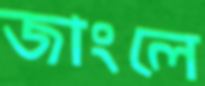
জাংলে